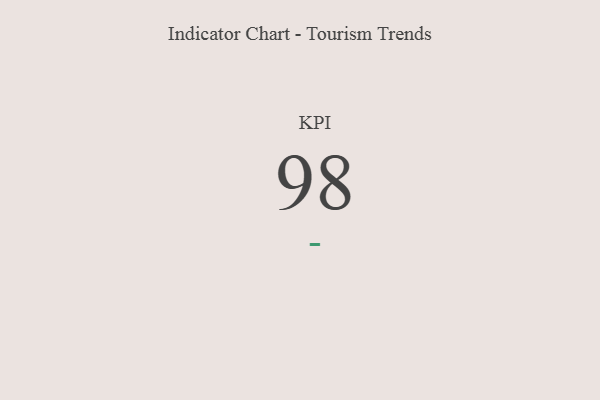
{"axis": {"x": "KPI", "y": "Value"}, "legend": [""], "data": [{"x": "KPI", "y": 98, "type": ""}]}